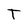
Character: T